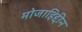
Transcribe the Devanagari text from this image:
मोजाहिद्दीन